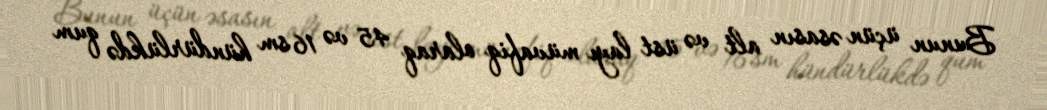
Bunun üçün əsasın alt və üst layı müvafiq olaraq 45 və 16 sm hündürlükdə qum